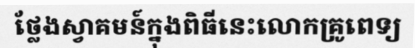
ថ្លែងស្វាគមន៍ក្នុងពិធីនេះលោកគ្រូពេទ្យ